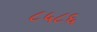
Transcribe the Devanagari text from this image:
८५८६